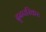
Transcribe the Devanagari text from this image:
दृढपरिकरः